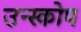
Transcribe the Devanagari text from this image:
उन्स्कोप